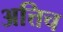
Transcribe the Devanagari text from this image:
अत्तिच